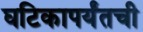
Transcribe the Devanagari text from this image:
घटिकापर्यंतची